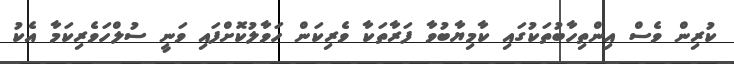
ކުރިން ވެސް އިންތިހާބުތަކުގައި ކާމިޔާބުވާ ފަރާތަކާ ވެރިކަން ހަވާލުކޮށްފައި ވަނީ ސުލްހަވެރިކަމާ އެކު